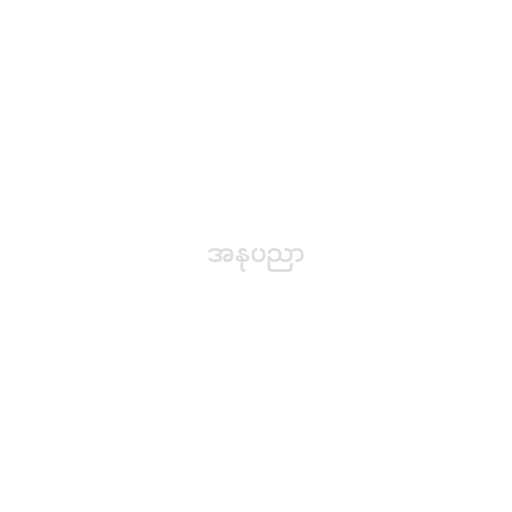
အနုပညာ